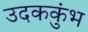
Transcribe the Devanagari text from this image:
उदककुंभ